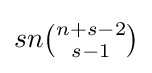
sn{\tbinom {n+s-2}{s-1}}